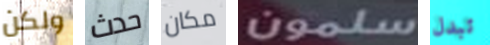
ولكن حدث مكان سلمون تبدل